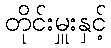
တိုင်းမှူးနှင့်